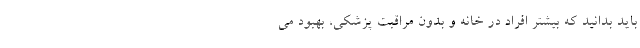
باید بدانید که بیشتر افراد در خانه و بدون مراقبت پزشکی، بهبود می‌